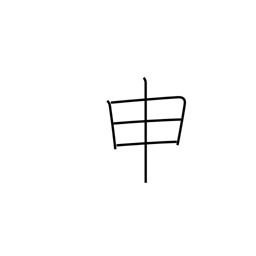
Meaning: ninth sign of Chinese zodiac